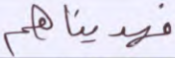
فهديناهم